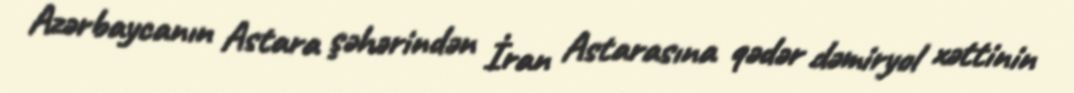
Azərbaycanın Astara şəhərindən İran Astarasına qədər dəmiryol xəttinin